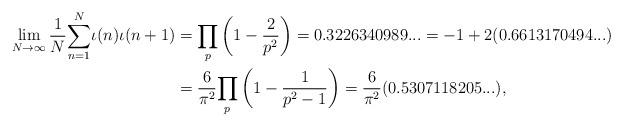
LaTeX: \begin{align*}\lim_{N\rightarrow\infty}\frac{1}{N}{\displaystyle\sum\limits_{n=1}^{N}}\iota(n)\iota(n+1) & ={\displaystyle\prod\limits_{p}}\left( 1-\frac{2}{p^{2}}\right) =0.3226340989...=-1+2(0.6613170494...)\\\ & =\frac{6}{\pi^{2}}{\displaystyle\prod\limits_{p}}\left( 1-\frac{1}{p^{2}-1}\right) =\frac{6}{\pi^{2}}(0.5307118205...),\end{align*}